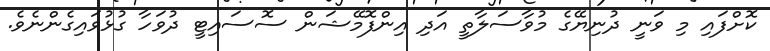
ކޮށްފައި މި ވަނީ ދުނިޔޭގެ މުވާސަލާތީ އަދި އިންފޮމޭޝަން ސޮސައިޓީ ދުވަހާ ގުޅުވައިގެންނެވެ.